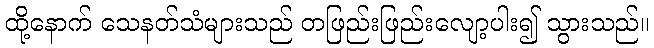
ထို့နောက် သေနတ်သံများသည် တဖြည်းဖြည်းလျော့ပါး၍ သွားသည်။